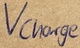
Text: Vcharge